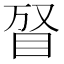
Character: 𥅐